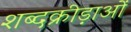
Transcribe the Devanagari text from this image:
शब्दक्रीड़ाओं